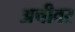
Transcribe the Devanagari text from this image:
अचीवर